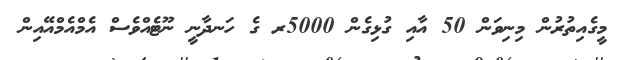
މީގެއިތުރުން މިނިވަން 50 އާއި ގުޅިގެން 5000ރ ގެ ހަނދާނީ ނޫޓެއްވެސް އެމްއެމްއޭއިން